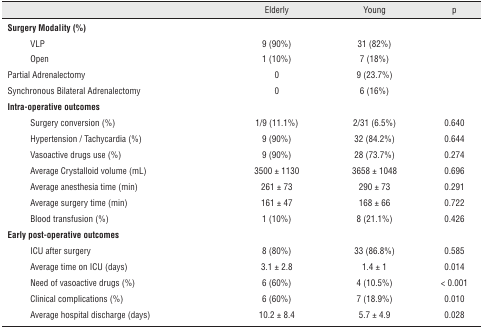
| <COLSPAN=2>  | Elderly | Young | p |
 | --- | --- | --- | --- | --- |
 | <COLSPAN=2> Surgery Modality (%) |  |  |  |
 |  | VLP | 9 (90%) | 31 (82%) |  |
 |  | Open | 1 (10%) | 7(18%) |  |
 | <COLSPAN=2> Partial Adrenalectomy | 0 | 9 (23.7%) |  |
 | <COLSPAN=2> Synchronous Bilateral Adrenalectomy | 0 | 6(16%) |  |
 | <COLSPAN=2> Intra-operative outcomes |  |  |  |
 |  | Surgery conversion {%) | 1/9(11.1%) | 2/31 (6.5%) | 0.640 |
 |  | Hypertension / Tachycardia {%) | 9 (90%) | 32 (84.2%) | 0.644 |
 |  | Vasoactive drugs use {%) | 9 (90%) | 28 (73.7%) | 0.274 |
 |  | Average Crystalloid volume (mL) | 3500 ± 1130 | 3658 ± 1048 | 0.696 |
 |  | Average anesthesia time (min) | 261 ± 73 | 290 ± 73 | 0.291 |
 |  | Average surgery time (min) | 161 ± 47 | 168 ± 66 | 0.722 |
 |  | Blood transfusion (%) | 1 (10%) | 8(21.1%) | 0.426 |
 | <COLSPAN=2> Early post-operative outcomes |  |  |  |
 |  | ICU alter surgery | 8 (80%) | 33 (86.8%) | 0.585 |
 |  | Average time on ICU (days) | 3.1 ± 2.8 | 1.4 ± 1 | 0.014 |
 |  | Need of vasoactive drugs (%) | 6 (60%) | 4 (10.5%) | < 0.001 |
 |  | Clinical complications (%) | 6 (60%) | 7 (18.9%) | 0.010 |
 |  | Average hospital discharge (days) | 10.2 ± 8.4 | 5.7 ± 4.9 | 0.028 |